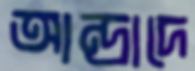
আন্দ্রাদে